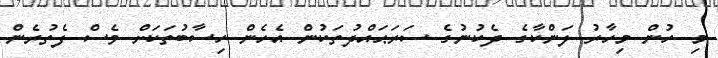
މި ހުން މިހާރު ލަންކާގެ ދެކުނުގެ ސަރަޙައްދުތަކުން އެހެން ހިސާބުތަކަށް ވެސް ފެތުރެން